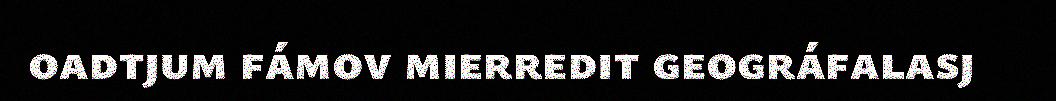
oadtjum fámov mierredit geográfalasj